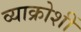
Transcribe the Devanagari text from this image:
व्याक्रोशीं